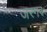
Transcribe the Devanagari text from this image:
जरगर